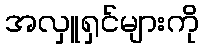
အလှူရှင်များကို